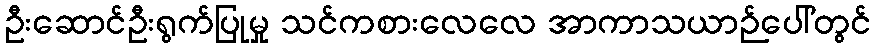
ဦးဆောင်ဦးရွက်ပြုမှု သင်ကစားလေလေ အာကာသယာဉ်ပေါ်တွင်